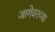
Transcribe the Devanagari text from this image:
जागेवरच्या